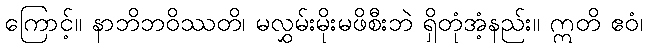
ကြောင့်။ နာဘိဘဝိဿတိ၊ မလွှမ်းမိုးမဖိစီးဘဲ ရှိတုံအံ့နည်း။ ဣတိ ဧဝံ၊